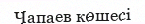
Чапаев көшесі